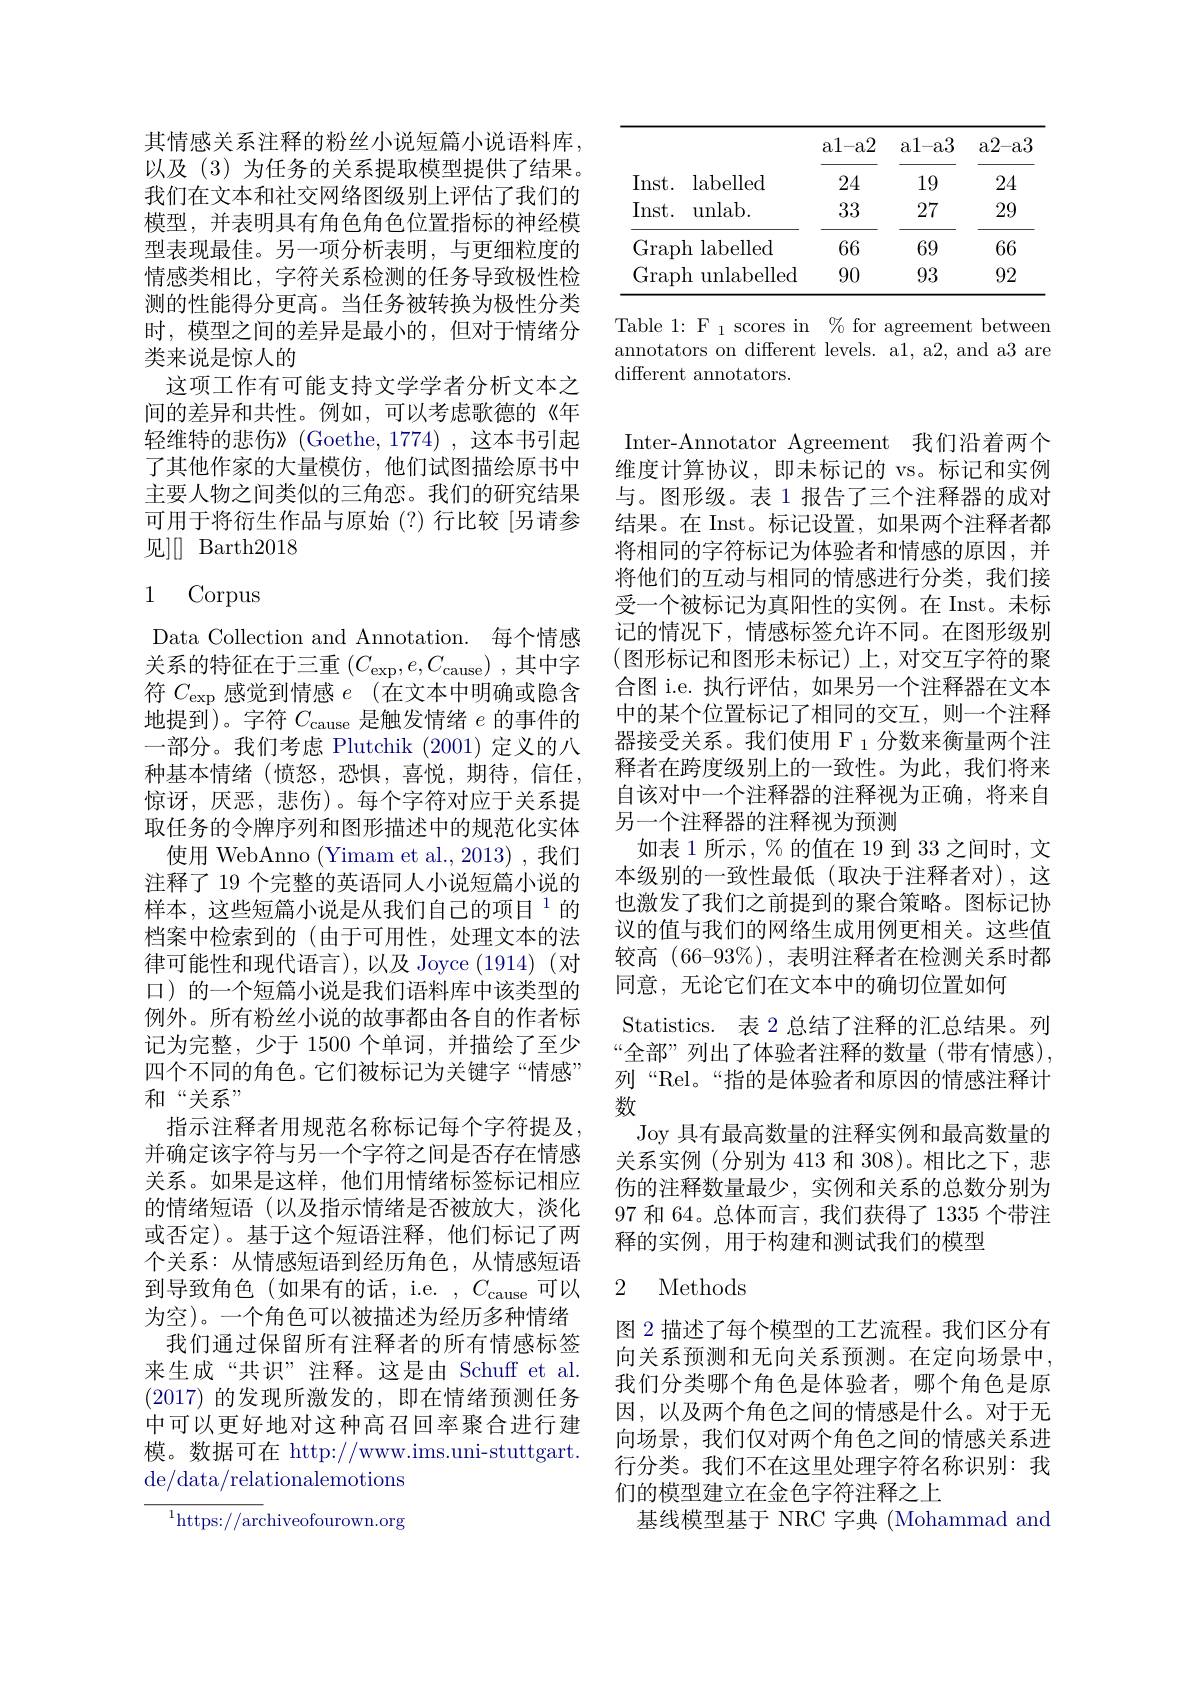
其情感关系注释的粉丝小说短篇小说语料库， 以及(3)为任务的关系提取模型提供了结果。我们在文本和社交网络图级别上评估了我们的模型，并表明具有角色角色位置指标的神经模型表现最佳。另一项分析表明，与更细粒度的情感类相比，字符关系检测的任务导致极性检测的性能得分更高。当任务被转换为极性分类时，模型之间的差异是最小的，但对于情绪分类来说是惊人的
这项工作有可能支持文学学者分析文本之间的差异和共性。例如，可以考虑歌德的《年轻维特的悲伤》(Goethe,1774),这本书引起了其他作家的大量模仿，他们试图描绘原书中主要人物之间类似的三角恋。我们的研究结果可用于将衍生作品与原始(?)行比较[另请参见][ Barth2018

## 1 Corpus

Data Collection and Annotation. 每个情感关系的特征在于三重 $( C_\mathrm{exp}, e, C_\mathrm{cause})$ ,其中字符$C_\mathrm{exp}$感觉到情感$e$ (在文本中明确或隐含地提到)。字符$C_\mathrm{cause}$是触发情绪$e$的事件的一部分。我们考虑 Plutchik (2001)定义的八种基本情绪(愤怒，恐惧，喜悦，期待，信任， 惊讶，厌恶，悲伤)。每个字符对应于关系提取任务的令牌序列和图形描述中的规范化实体
使用 WebAnno (Yimam et al., 2013) , 我们注释了 19 个完整的英语同人小说短篇小说的样本，这些短篇小说是从我们自己的项目$^{1}$的档案中检索到的(由于可用性，处理文本的法律可能性和现代语言),以及 Joyce (1914)(对口)的一个短篇小说是我们语料库中该类型的例外。所有粉丝小说的故事都由各自的作者标记为完整，少于 1500 个单词，并描绘了至少四个不同的角色。它们被标记为关键字“情感” 和“关系”
指示注释者用规范名称标记每个字符提及并确定该字符与另一个字符之间是否存在情感关系。如果是这样，他们用情绪标签标记相应的情绪短语(以及指示情绪是否被放大，淡化或否定)。基于这个短语注释，他们标记了两个关系：从情感短语到经历角色，从情感短语到导致角色(如果有的话，i.e. $,C_\mathrm{cause}$可以为空)。一个角色可以被描述为经历多种情绪我们通过保留所有注释者的所有情感标签来生成“共识”注释。这是由 Schuff et al (2017)的发现所激发的，即在情绪预测任务中可以更好地对这种高召回率聚合进行建模。数据可在 http://www.ims.uni-stuttgart. de/data/relationalemotions
${^{1}\mathrm{https://arc}}$hiveofourown.org

<table>
	<tbody>
		<tr>
			<th> </th>
			<th> </th>
			<th>a1- a2</th>
			<th>al- a3</th>
			<th>a2-a3</th>
		</tr>
		<tr>
			<td>Inst. -</td>
			<td>$\operatorname{labelled}$</td>
			<td>24</td>
			<td>19</td>
			<td>24</td>
		</tr>
		<tr>
			<td>Inst. </td>
			<td>unlab. </td>
			<td>33</td>
			<td>27</td>
			<td>29</td>
		</tr>
		<tr>
			<td>$\operatorname{Grap}$</td>
			<td>labelled $h$</td>
			<td>66</td>
			<td>69</td>
			<td>66</td>
		</tr>
		<tr>
			<td>$\mathop{\mathrm{Grap}}$ 1 1</td>
			<td>h unlabelled</td>
			<td>90</td>
			<td>93</td>
			<td>92</td>
		</tr>
	</tbody>
</table>

Table 1: F $_1$ scores in$\%$ for agreement between annotators on different levels. a1, a2, and a3 are different annotators.

Inter-Annotator Agreement 我们沿着两个维度计算协议，即未标记的 vs。标记和实例与。图形级。表 1 报告了三个注释器的成对结果。在 Inst。标记设置，如果两个注释者都将相同的字符标记为体验者和情感的原因，并将他们的互动与相同的情感进行分类，我们接受一个被标记为真阳性的实例。在 Inst。未标记的情况下，情感标签允许不同。在图形级别(图形标记和图形未标记)上，对交互字符的聚合图 i.e. 执行评估，如果另一个注释器在文本中的某个位置标记了相同的交互，则一个注释器接受关系。我们使用 F 1 分数来衡量两个注释者在跨度级别上的一致性。为此，我们将来自该对中一个注释器的注释视为正确，将来自另一个注释器的注释视为预测
如表 1 所示 , % 的值在 19 到 33 之间时，文本级别的一致性最低(取决于注释者对),这也激发了我们之前提到的聚合策略。图标记协议的值与我们的网络生成用例更相关。这些值较高 (66-93%), 表明注释者在检测关系时都同意，无论它们在文本中的确切位置如何
Statistics. 表 2 总结了注释的汇总结果。列“全部”列出了体验者注释的数量(带有情感), 列“Rel。“指的是体验者和原因的情感注释计数
Joy 具有最高数量的注释实例和最高数量的关系实例(分别为 413 和 308)。相比之下，悲伤的注释数量最少，实例和关系的总数分别为97和 64。总体而言，我们获得了1335 个带注释的实例，用于构建和测试我们的模型
2 Methods

图 2 描述了每个模型的工艺流程。我们区分有向关系预测和无向关系预测。在定向场景中， 我们分类哪个角色是体验者，哪个角色是原因，以及两个角色之间的情感是什么。对于无向场景，我们仅对两个角色之间的情感关系进行分类。我们不在这里处理字符名称识别：我们的模型建立在金色字符注释之上
基线模型基于 NRC 字典 (Mohammad and